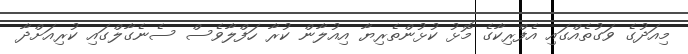
މިއަދުގެ ވަގުތެއްގައި އެފްރިކާގެ މޮޅު ކުޅުންތެރިޔާ އިއުލާން ކުރާ ހަފްލާވެސް ސެނެގާލްގައި ކުރިއަށްދާ